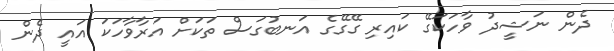
ދެން ނަޝީދު ވާހަކަގޭ ކައިރި ގޭގޭގެ އަނބުގަސް ތަކަށް އަރާވާހަކަ އައީ ދެން